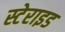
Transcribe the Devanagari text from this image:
स्टेराइड